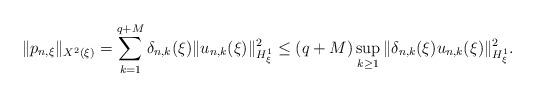
LaTeX: \begin{align*}\|p_{n,\xi}\|_{X^2(\xi)}=\sum_{ k=1}^{q+M}\delta_{n,k}(\xi)\|u_{n,k}(\xi)\|_{H^1_\xi}^2 \leq (q+M) \sup_{k\geq 1}\|\delta_{n,k}(\xi)u_{n,k}(\xi)\|_{H^1_\xi}^2.\end{align*}